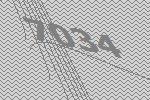
7034